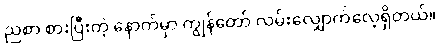
ညစာ စားပြီးတဲ့ နောက်မှာ ကျွန်တော် လမ်းလျှောက်လေ့ရှိတယ်။